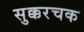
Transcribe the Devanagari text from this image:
सुक्करचक